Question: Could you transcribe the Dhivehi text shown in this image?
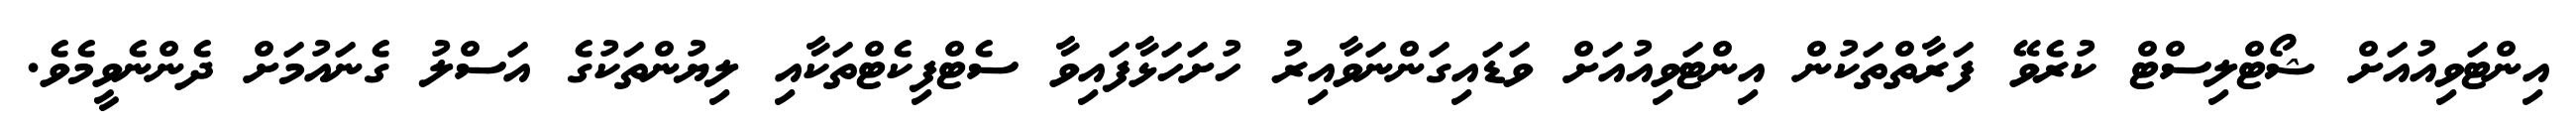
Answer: އިންޓަވިއުއަށް ޝޯޓްލިސްޓް ކުރެވޭ ފަރާތްތަކުން އިންޓަވިއުއަށް ވަޑައިގަންނަވާއިރު ހުށަހަޅާފައިވާ ސެޓްފިކެޓްތަކާއި ލިޔުންތަކުގެ އަސްލު ގެނައުމަށް ދެންނެވީމެވެ.